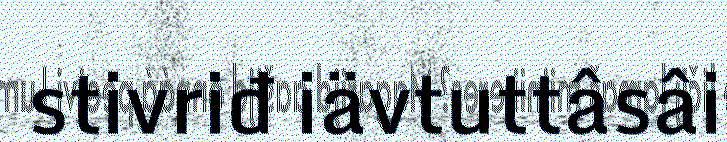
stivriđ iävtuttâsâi